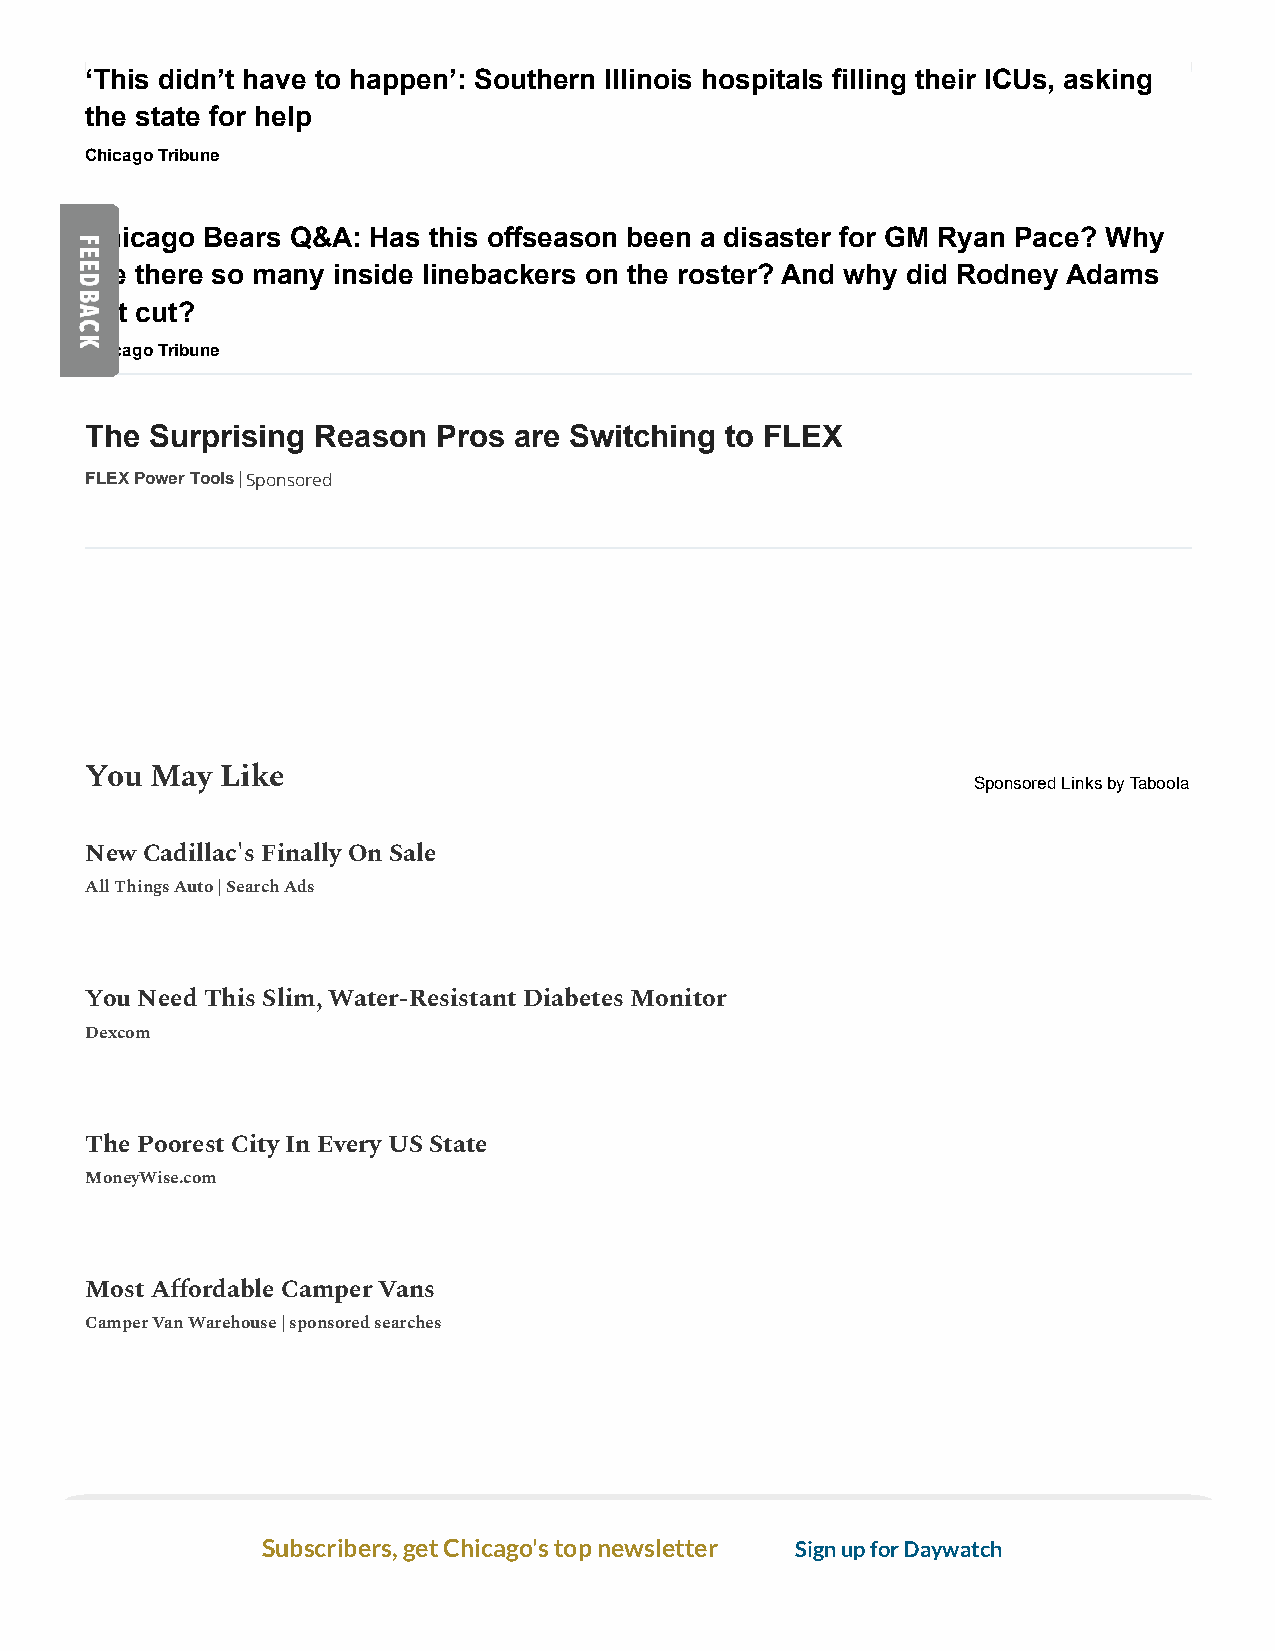
‘This didn’t have to happen’: Southern Illinois hospitals filling their ICUs, asking
 the state for help
 Chicago Tribune
 Chicago Bears Q&A: Has this offseason been a disaster for GM Ryan Pace? Why
 are there so many inside linebackers on the roster? And why did Rodney Adams
 get cut?
 Chicago Tribune
 The Surprising Reason  Pros are Switching to FLEX
 FLEX Power Tools|Sponsored
 You May  Like
 Sponsored Linksby Taboola
 New Cadillac's Finally On Sale
 All Things Auto | Search Ads
 You Need This Slim, Water-Resistant Diabetes Monitor
 Dexcom
 The Poorest City In Every US State
 MoneyWise.com
 Most Aordable Camper Vans
 Camper Van Warehouse | sponsored searches
 Subscribers, get Chicago's top newsletter Sign up for Daywatch